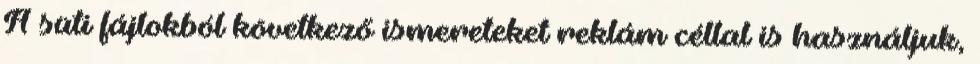
A süti fájlokból következő ismereteket reklám céllal is használjuk,